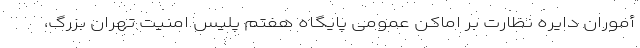
أموران دایره نظارت بر اماکن عمومی پایگاه هفتم پلیس امنیت تهران بزرگ،